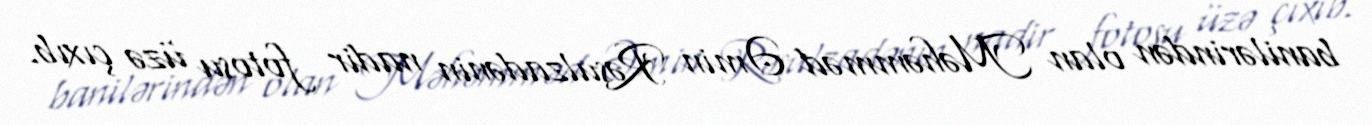
banilərindən olan Məhəmməd Əmin Rəsulzadənin nadir fotosu üzə çıxıb.